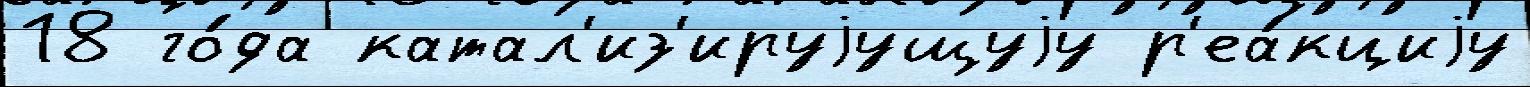
18 го́да катал'из'ируjущуjу р'еа́кциjу